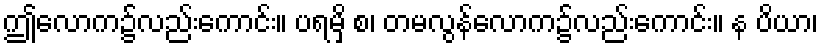
ဤလောက၌လည်းကောင်း။ ပရမှိ စ၊ တမလွန်လောက၌လည်းကောင်း။ န ပိယာ၊